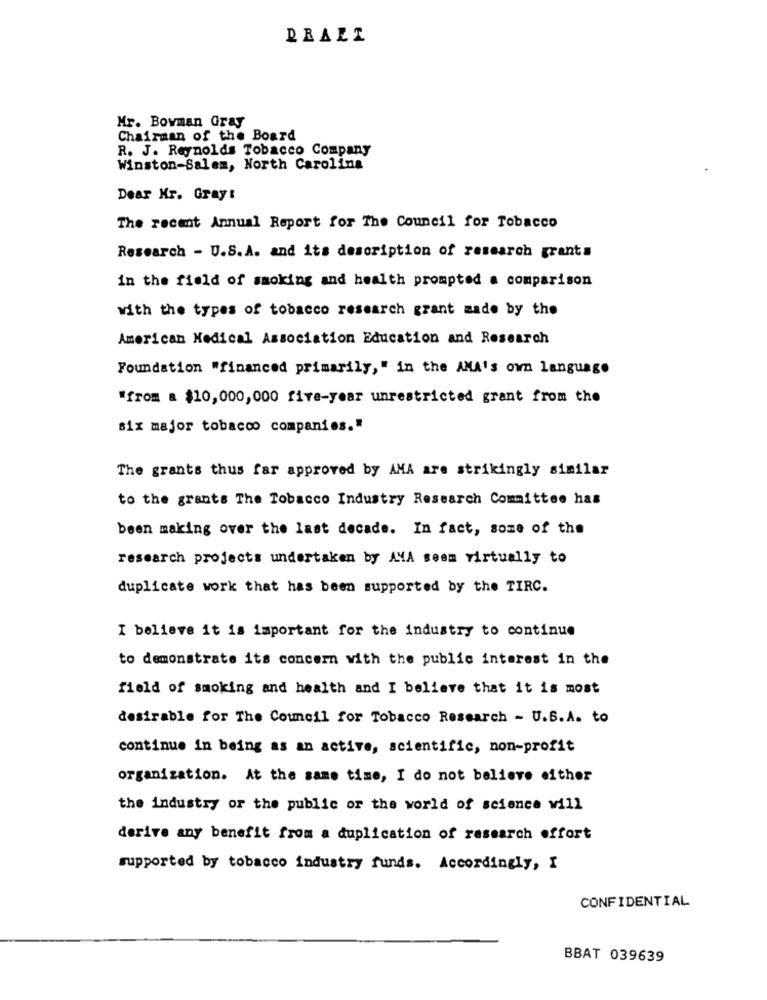
DRAEL
Mr. Bowman Gray
Chairman of the Board
R. J. Reynolds Tobacco Company
Winston-Salem, North Carolina
Dear Mr. Gray:
The recent Annual Report for The Council for Tobacco
Research - U.S.A. and its description of research grants
in the field of smoking and health prompted a comparison
with the types of tobacco research grant made by the
American Medical Association Education and Research
Foundation "financed primarily," in the AMA's own language
"from a $10,000,000 five-year unrestricted grant from the
six major tobacco companies."
The grants thus far approved by AMA are strikingly similar
to the grants The Tobacco Industry Research Committee has
been making over the last decade. In fact, some of the
research projects undertaken by AMA seem virtually to
duplicate work that has been supported by the TIRC.
I believe it is important for the industry to continue
to demonstrate its concern with the public interest in the
field of smoking and health and I believe that it is most
desirable for The Council for Tobacco Research - U.S.A. to
continue in being as an active, scientific, non-profit
organization. At the same time, I do not believe either
the industry or the public or the world of science will
derive any benefit from a duplication of research effort
supported by tobacco industry funds. Accordingly, I
CONFIDENTIAL
BBAT 039639